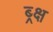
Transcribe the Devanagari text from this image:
ब्र्क्ष